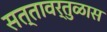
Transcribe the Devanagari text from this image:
सत्तावर्तुळास